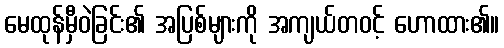
မေထုန်မှီဝဲခြင်း၏ အပြစ်များကို အကျယ်တဝင့် ဟောထား၏။